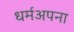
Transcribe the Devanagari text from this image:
धर्मअपना